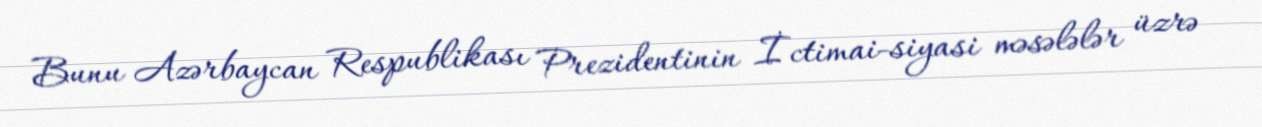
Bunu Azərbaycan Respublikası Prezidentinin İctimai-siyasi məsələlər üzrə